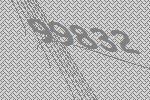
99832